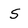
Character: S